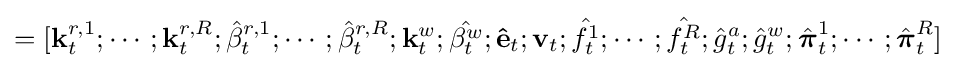
=[\mathbf {k} _{t}^{r,1};\cdots ;\mathbf {k} _{t}^{r,R};{\hat {\beta }}_{t}^{r,1};\cdots ;{\hat {\beta }}_{t}^{r,R};\mathbf {k} _{t}^{w};{\hat {\beta _{t}^{w}}};\mathbf {\hat {e}} _{t};\mathbf {v} _{t};{\hat {f_{t}^{1}}};\cdots ;{\hat {f_{t}^{R}}};{\hat {g}}_{t}^{a};{\hat {g}}_{t}^{w};{\hat {\boldsymbol {\pi }}}_{t}^{1};\cdots ;{\hat {\boldsymbol {\pi }}}_{t}^{R}]